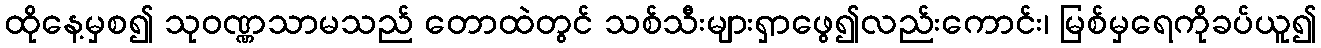
ထိုနေ့မှစ၍ သုဝဏ္ဏသာမသည် တောထဲတွင် သစ်သီးများရှာဖွေ၍လည်းကောင်း၊ မြစ်မှရေကိုခပ်ယူ၍